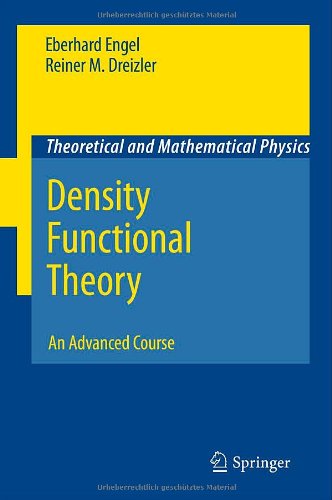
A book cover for Density Functional Theory: An Advanced Course (Theoretical and Mathematical Physics); Eberhard Engel; Science & Math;